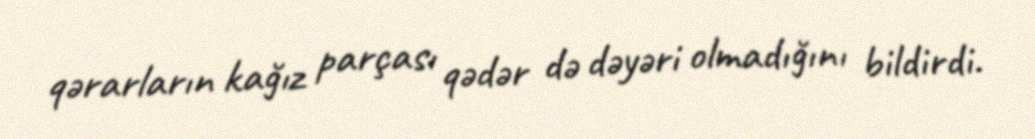
qərarların kağız parçası qədər də dəyəri olmadığını bildirdi.